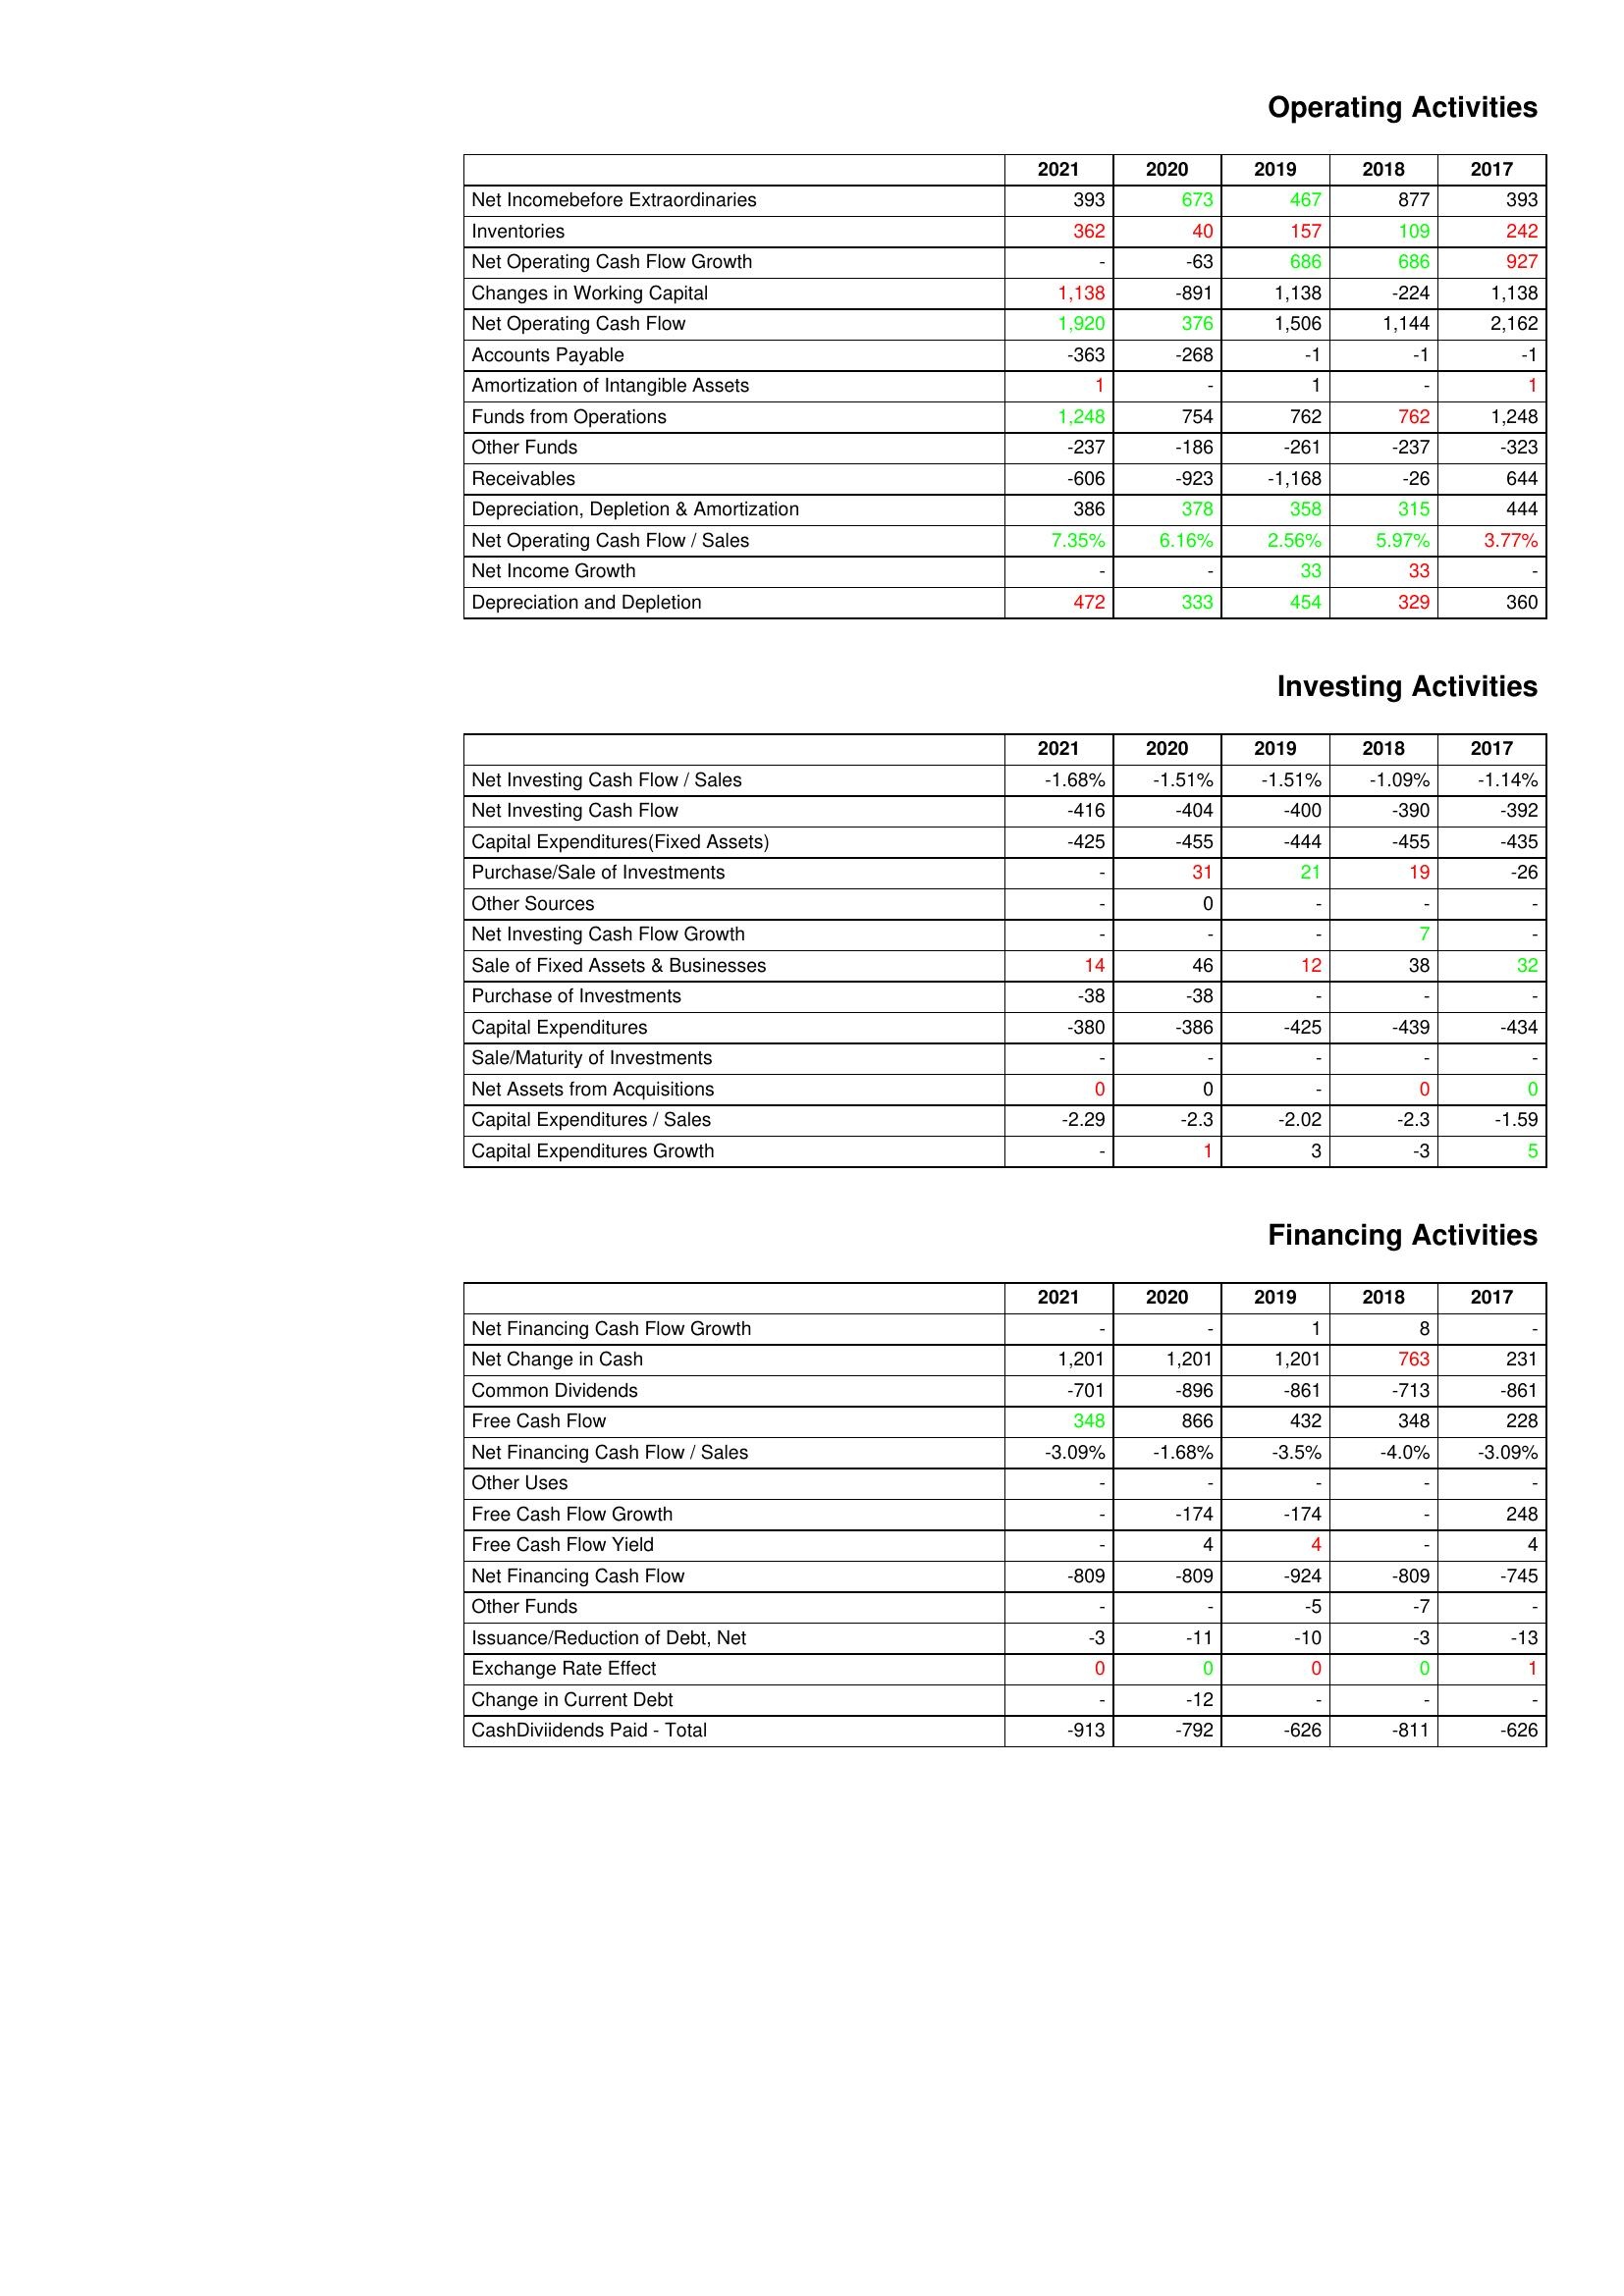
gt_parse: 2021: Operating Activities: Net Incomebefore Extraordinaries: 393
Inventories: 362
Net Operating Cash Flow Growth: -
Changes in Working Capital: 1,138
Net Operating Cash Flow: 1,920
Accounts Payable: -363
Amortization of Intangible Assets: 1
Funds from Operations: 1,248
Other Funds: -237
Receivables: -606
Depreciation, Depletion & Amortization: 386
Net Operating Cash Flow / Sales: 7.35%
Net Income Growth: -
Depreciation and Depletion: 472
Investing Activities: Net Investing Cash Flow / Sales: -1.68%
Net Investing Cash Flow: -416
Capital Expenditures(Fixed Assets): -425
Purchase/Sale of Investments: -
Other Sources: -
Net Investing Cash Flow Growth: -
Sale of Fixed Assets & Businesses: 14
Purchase of Investments: -38
Capital Expenditures: -380
Sale/Maturity of Investments: -
Net Assets from Acquisitions: 0
Capital Expenditures / Sales: -2.29
Capital Expenditures Growth: -
Financing Activities: Net Financing Cash Flow Growth: -
Net Change in Cash: 1,201
Common Dividends: -701
Free Cash Flow: 348
Net Financing Cash Flow / Sales: -3.09%
Other Uses: -
Free Cash Flow Growth: -
Free Cash Flow Yield: -
Net Financing Cash Flow: -809
Other Funds: -
Issuance/Reduction of Debt, Net: -3
Exchange Rate Effect: 0
Change in Current Debt: -
CashDiviidends Paid - Total: -913
2020: Operating Activities: Net Incomebefore Extraordinaries: 673
Inventories: 40
Net Operating Cash Flow Growth: -63
Changes in Working Capital: -891
Net Operating Cash Flow: 376
Accounts Payable: -268
Amortization of Intangible Assets: -
Funds from Operations: 754
Other Funds: -186
Receivables: -923
Depreciation, Depletion & Amortization: 378
Net Operating Cash Flow / Sales: 6.16%
Net Income Growth: -
Depreciation and Depletion: 333
Investing Activities: Net Investing Cash Flow / Sales: -1.51%
Net Investing Cash Flow: -404
Capital Expenditures(Fixed Assets): -455
Purchase/Sale of Investments: 31
Other Sources: 0
Net Investing Cash Flow Growth: -
Sale of Fixed Assets & Businesses: 46
Purchase of Investments: -38
Capital Expenditures: -386
Sale/Maturity of Investments: -
Net Assets from Acquisitions: 0
Capital Expenditures / Sales: -2.3
Capital Expenditures Growth: 1
Financing Activities: Net Financing Cash Flow Growth: -
Net Change in Cash: 1,201
Common Dividends: -896
Free Cash Flow: 866
Net Financing Cash Flow / Sales: -1.68%
Other Uses: -
Free Cash Flow Growth: -174
Free Cash Flow Yield: 4
Net Financing Cash Flow: -809
Other Funds: -
Issuance/Reduction of Debt, Net: -11
Exchange Rate Effect: 0
Change in Current Debt: -12
CashDiviidends Paid - Total: -792
2019: Operating Activities: Net Incomebefore Extraordinaries: 467
Inventories: 157
Net Operating Cash Flow Growth: 686
Changes in Working Capital: 1,138
Net Operating Cash Flow: 1,506
Accounts Payable: -1
Amortization of Intangible Assets: 1
Funds from Operations: 762
Other Funds: -261
Receivables: -1,168
Depreciation, Depletion & Amortization: 358
Net Operating Cash Flow / Sales: 2.56%
Net Income Growth: 33
Depreciation and Depletion: 454
Investing Activities: Net Investing Cash Flow / Sales: -1.51%
Net Investing Cash Flow: -400
Capital Expenditures(Fixed Assets): -444
Purchase/Sale of Investments: 21
Other Sources: -
Net Investing Cash Flow Growth: -
Sale of Fixed Assets & Businesses: 12
Purchase of Investments: -
Capital Expenditures: -425
Sale/Maturity of Investments: -
Net Assets from Acquisitions: -
Capital Expenditures / Sales: -2.02
Capital Expenditures Growth: 3
Financing Activities: Net Financing Cash Flow Growth: 1
Net Change in Cash: 1,201
Common Dividends: -861
Free Cash Flow: 432
Net Financing Cash Flow / Sales: -3.5%
Other Uses: -
Free Cash Flow Growth: -174
Free Cash Flow Yield: 4
Net Financing Cash Flow: -924
Other Funds: -5
Issuance/Reduction of Debt, Net: -10
Exchange Rate Effect: 0
Change in Current Debt: -
CashDiviidends Paid - Total: -626
2018: Operating Activities: Net Incomebefore Extraordinaries: 877
Inventories: 109
Net Operating Cash Flow Growth: 686
Changes in Working Capital: -224
Net Operating Cash Flow: 1,144
Accounts Payable: -1
Amortization of Intangible Assets: -
Funds from Operations: 762
Other Funds: -237
Receivables: -26
Depreciation, Depletion & Amortization: 315
Net Operating Cash Flow / Sales: 5.97%
Net Income Growth: 33
Depreciation and Depletion: 329
Investing Activities: Net Investing Cash Flow / Sales: -1.09%
Net Investing Cash Flow: -390
Capital Expenditures(Fixed Assets): -455
Purchase/Sale of Investments: 19
Other Sources: -
Net Investing Cash Flow Growth: 7
Sale of Fixed Assets & Businesses: 38
Purchase of Investments: -
Capital Expenditures: -439
Sale/Maturity of Investments: -
Net Assets from Acquisitions: 0
Capital Expenditures / Sales: -2.3
Capital Expenditures Growth: -3
Financing Activities: Net Financing Cash Flow Growth: 8
Net Change in Cash: 763
Common Dividends: -713
Free Cash Flow: 348
Net Financing Cash Flow / Sales: -4.0%
Other Uses: -
Free Cash Flow Growth: -
Free Cash Flow Yield: -
Net Financing Cash Flow: -809
Other Funds: -7
Issuance/Reduction of Debt, Net: -3
Exchange Rate Effect: 0
Change in Current Debt: -
CashDiviidends Paid - Total: -811
2017: Operating Activities: Net Incomebefore Extraordinaries: 393
Inventories: 242
Net Operating Cash Flow Growth: 927
Changes in Working Capital: 1,138
Net Operating Cash Flow: 2,162
Accounts Payable: -1
Amortization of Intangible Assets: 1
Funds from Operations: 1,248
Other Funds: -323
Receivables: 644
Depreciation, Depletion & Amortization: 444
Net Operating Cash Flow / Sales: 3.77%
Net Income Growth: -
Depreciation and Depletion: 360
Investing Activities: Net Investing Cash Flow / Sales: -1.14%
Net Investing Cash Flow: -392
Capital Expenditures(Fixed Assets): -435
Purchase/Sale of Investments: -26
Other Sources: -
Net Investing Cash Flow Growth: -
Sale of Fixed Assets & Businesses: 32
Purchase of Investments: -
Capital Expenditures: -434
Sale/Maturity of Investments: -
Net Assets from Acquisitions: 0
Capital Expenditures / Sales: -1.59
Capital Expenditures Growth: 5
Financing Activities: Net Financing Cash Flow Growth: -
Net Change in Cash: 231
Common Dividends: -861
Free Cash Flow: 228
Net Financing Cash Flow / Sales: -3.09%
Other Uses: -
Free Cash Flow Growth: 248
Free Cash Flow Yield: 4
Net Financing Cash Flow: -745
Other Funds: -
Issuance/Reduction of Debt, Net: -13
Exchange Rate Effect: 1
Change in Current Debt: -
CashDiviidends Paid - Total: -626